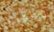
واقعيين